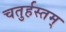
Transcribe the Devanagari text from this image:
चतुर्हस्तम्